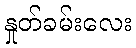
နှုတ်ခမ်းလေး